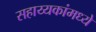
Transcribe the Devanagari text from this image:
सहाय्यकांमध्ये